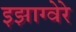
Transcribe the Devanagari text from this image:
इझाग्वेरे